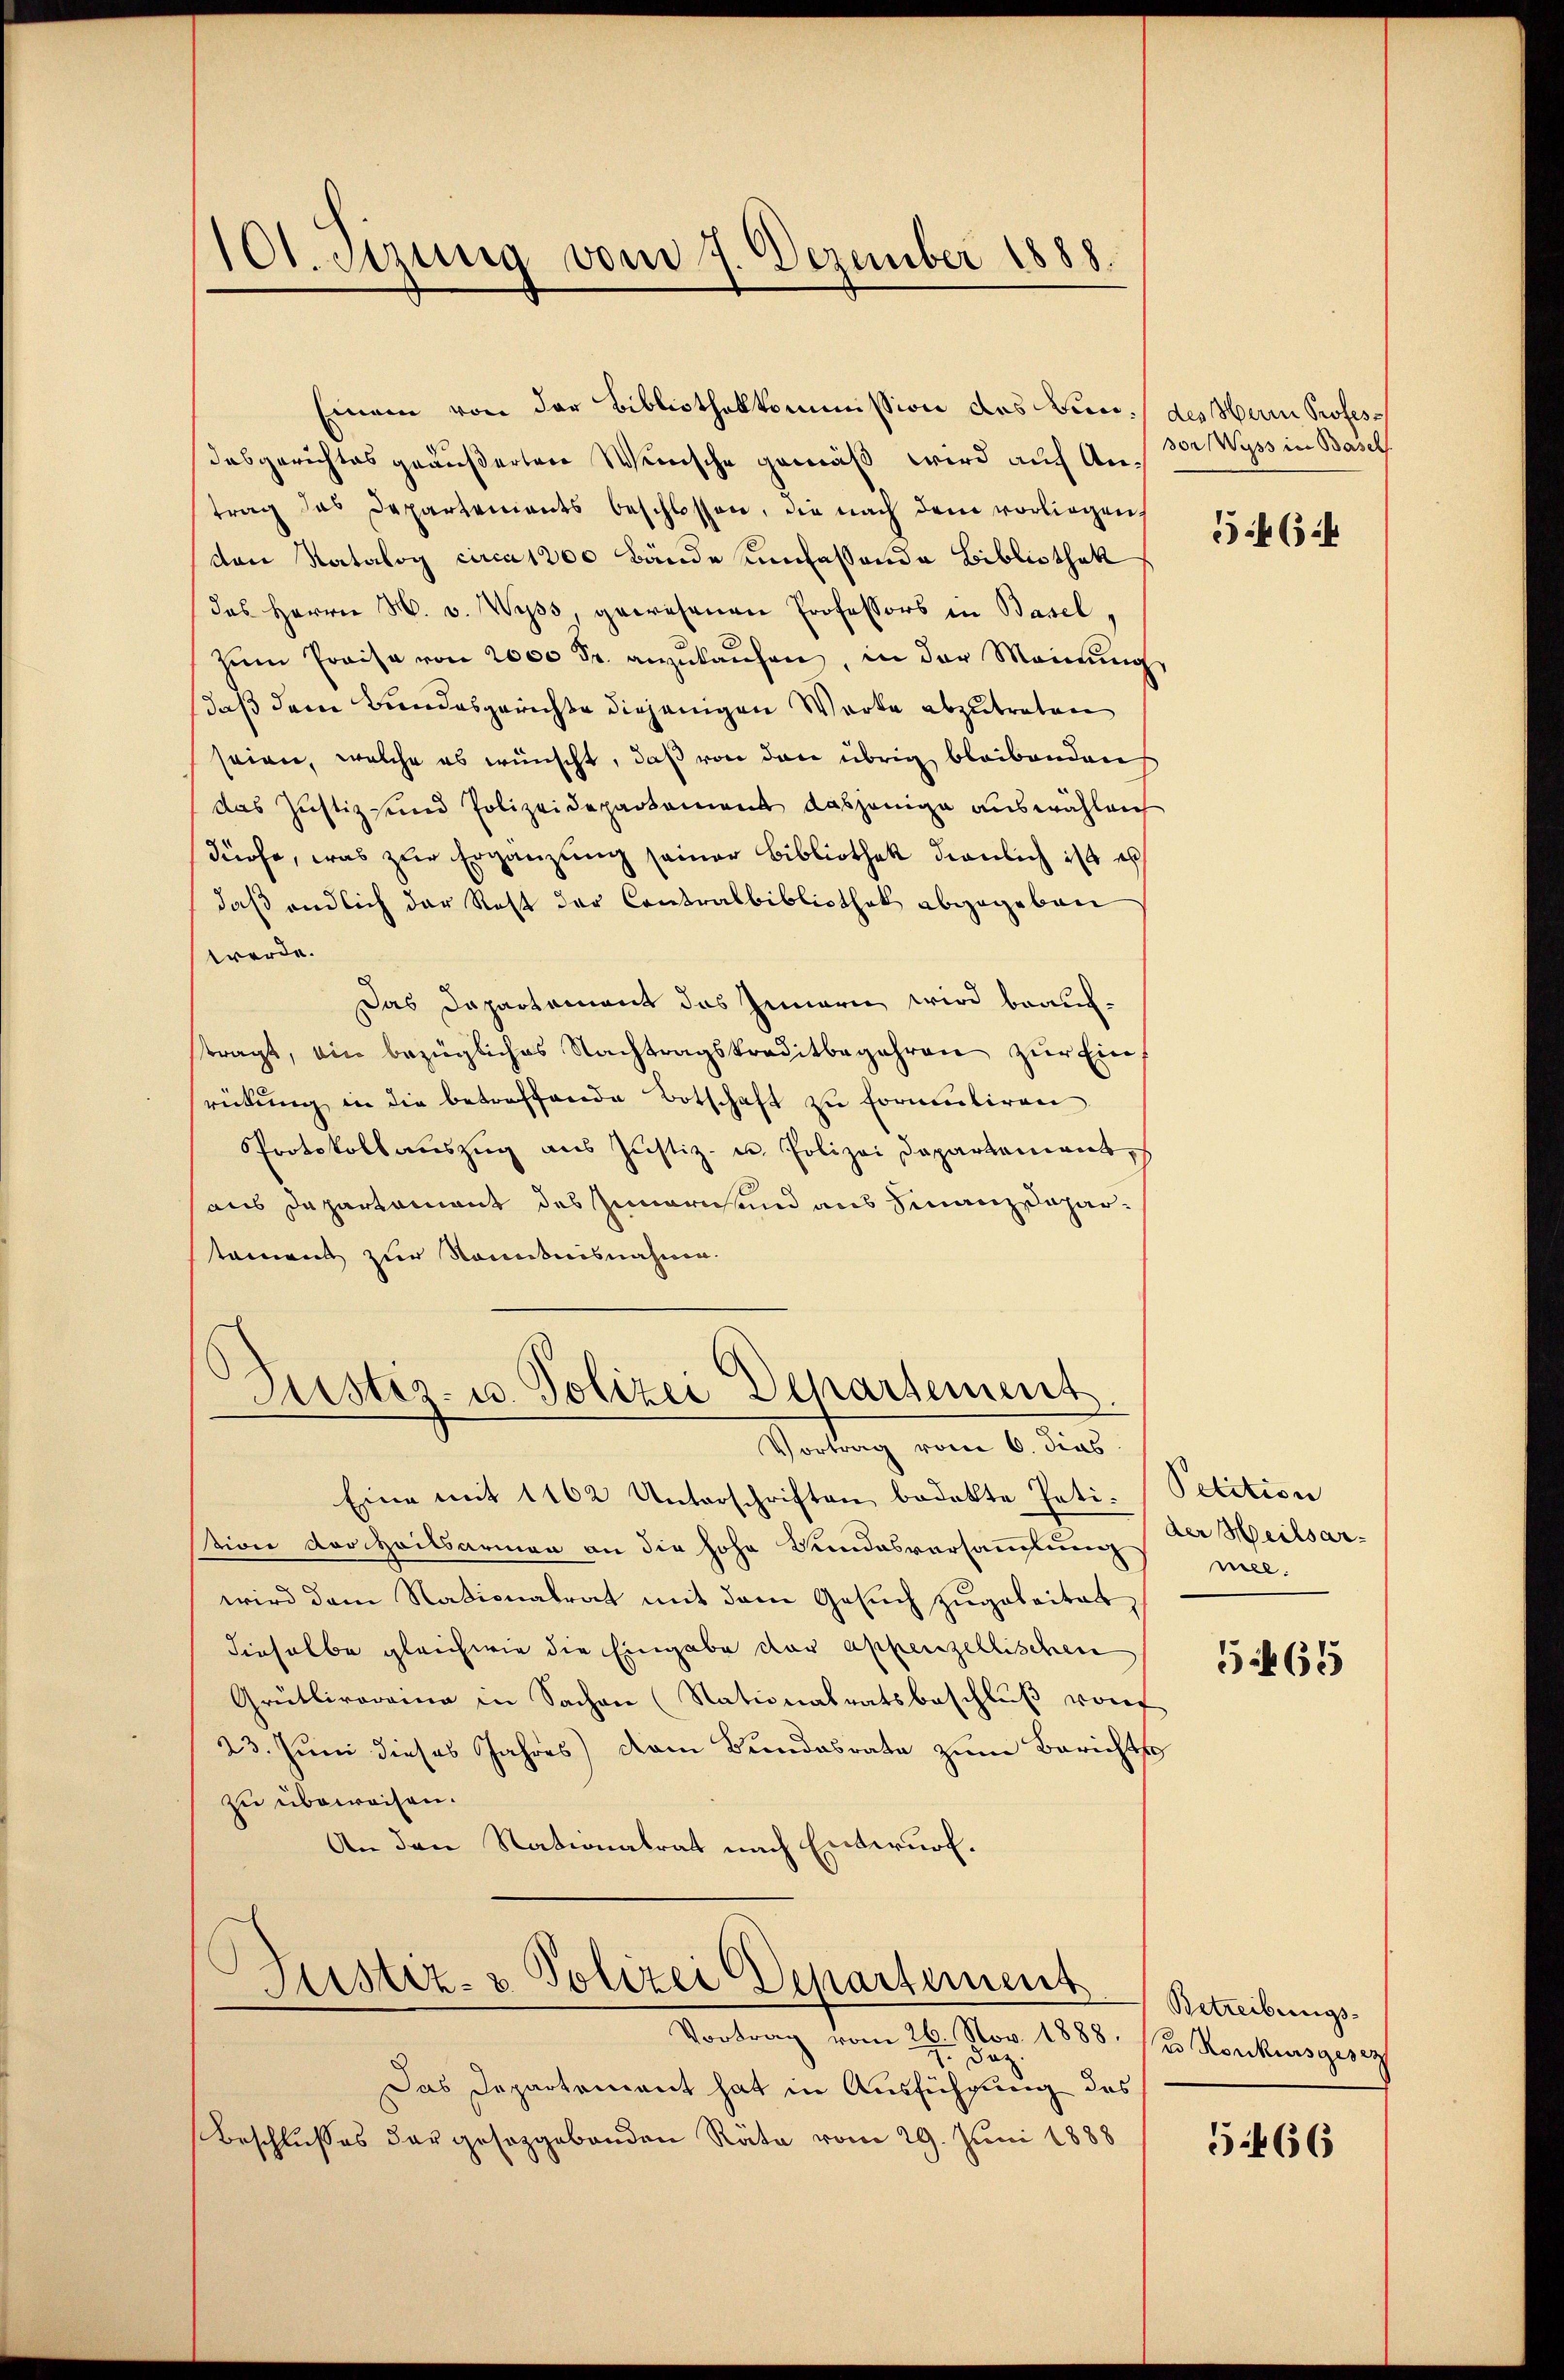
101. Setzung vom 7. Dezember 1888.

Einem von der Bibliothekkommission des Bun:/ des Herrn Profesdasgerichtes geäußerten Weinsche gemäß wird auf Antrag das Departenants beschlossen, die nach dem vorliegen
den Natalog circa 1800 Bände einfassende Bibliothek
das Herrn H. v. Wyss, gewesenen Professors in Basel,
zŭm Preise von 2000 Fr. anzukaufen, in der Meinung
daß dem Bundesgerichte diejenigen Werke abzutreten
seien, welche es wünscht, daß von den übrig bleibenden
das Justiz und Polizeidepartement dasjenige auswählen
dürfe, was zŭr Ergänzung seiner Bibliothek dienlich ist es
daß endlich der Rest der Contralbibliothek abgegeben
werde.
Das Departement das Innern wird brauchtragt, ein bezügliches Nachtragskreditbegehren zŭr Einrückung in die betreffende Botschaft zu formuliren
Protokollaŭszŭg aŭs Jŭstiz- u. Polizei Departement,
aus Departament des Zumarmund aus Finanz Dapartamens zur Kenntnisnahme.
Pustiz- u. Polizei Departement
Vortrag vom 6. dies
Eine mit 1162 Unterschriften bedekte Petition der Heilsarmen an die hohe Bundesversammlung der Weilsar-
wird dem Nationalrat mit dem Gesuch zugebeitet,
dieselbe gleichwie die Eingabe der appenzellischen
Grütlirorrina in Sachen (Nationalratsbeschluß von
23. Juni dieses Jahres der Bundesrate zŭm Berichts
zu überweisen.
An den Nationalrat nach Entwurf.
Justiz- & Polizei Departement
Vortrag vom 26. Nov. 1888.
daz
Das Departement hat in Ausführung des
Beschlusses das gesetzgebenden Räte vom 29. Juni 1888

sor Wyss in Basel

64

Petition
nee.

565

Betreibungs-
es Konkursgesez

5466